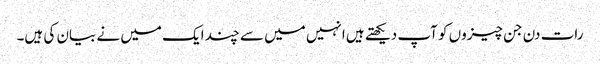
رات دن جن چیزوں کو آپ دیکھتے ہیں انہیں میں سے چند ایک میں نے بیان کی ہیں۔